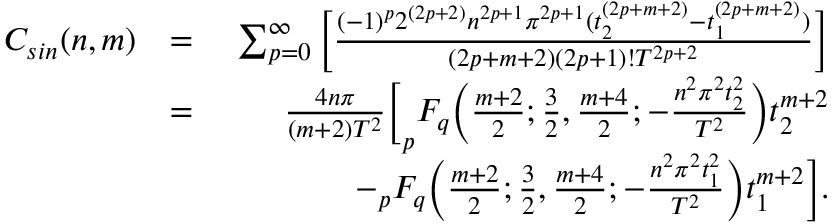
\begin{array} { r l r } { C _ { s i n } ( n , m ) } & { = } & { \sum _ { p = 0 } ^ { \infty } \bigg [ \frac { ( - 1 ) ^ { p } 2 ^ { ( 2 p + 2 ) } n ^ { 2 p + 1 } \pi ^ { 2 p + 1 } ( t _ { 2 } ^ { ( 2 p + m + 2 ) } - t _ { 1 } ^ { ( 2 p + m + 2 ) } ) } { ( 2 p + m + 2 ) ( 2 p + 1 ) ! T ^ { 2 p + 2 } } \bigg ] } \\ & { = } & { \frac { 4 n \pi } { ( m + 2 ) T ^ { 2 } } \bigg [ _ { p } F _ { q } \bigg ( \frac { m + 2 } { 2 } ; \frac { 3 } { 2 } , \frac { m + 4 } { 2 } ; - \frac { n ^ { 2 } \pi ^ { 2 } t _ { 2 } ^ { 2 } } { T ^ { 2 } } \bigg ) t _ { 2 } ^ { m + 2 } } \\ & { \quad } & { - _ { p } F _ { q } \bigg ( \frac { m + 2 } { 2 } ; \frac { 3 } { 2 } , \frac { m + 4 } { 2 } ; - \frac { n ^ { 2 } \pi ^ { 2 } t _ { 1 } ^ { 2 } } { T ^ { 2 } } \bigg ) t _ { 1 } ^ { m + 2 } \bigg ] . } \end{array}